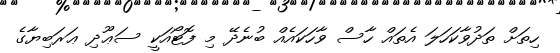
ހިތަށް ތަދުވާކަހަލަ އެތައް ހާސް ވާހަކައެއް ބުނެދޭ މި ފޮޓޯއަކީ ސަޢޫދި ޢަރަބިޔާގެ